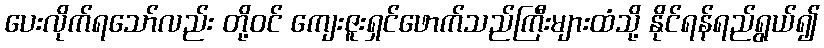
ပေးလိုက်ရသော်လည်း တို့ဝင် ကျေးဇူးရှင်ဖောက်သည်ကြီးများထံသို့ နိုင်ရန်ရည်ရွယ်၍